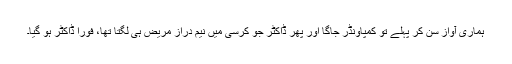
ہماری آواز سن کر پہلے تو کمپاونڈر جاگا اور پھر ڈاکٹر جو کرسی میں نیم دراز مریض ہی لگتا تھا، فورا ڈاکٹر ہو گیا۔